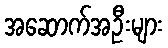
အဆောက်အဦးများ